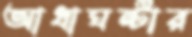
আধাঘন্টার